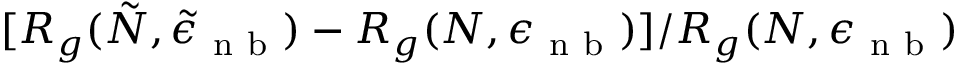
[ R _ { g } ( \tilde { N } , \tilde { \epsilon } _ { \mathrm { ~ n ~ b ~ } } ) - R _ { g } ( N , \epsilon _ { \mathrm { ~ n ~ b ~ } } ) ] / R _ { g } ( N , \epsilon _ { \mathrm { ~ n ~ b ~ } } )